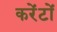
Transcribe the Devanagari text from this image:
करेंटों